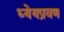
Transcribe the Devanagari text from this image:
ध्येयप्रवण